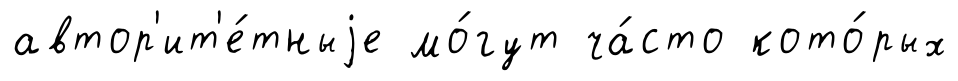
автор'ит'е́тныjе мо́гут ча́сто кото́рых